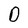
Character: O